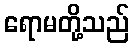
ရောမတို့သည်